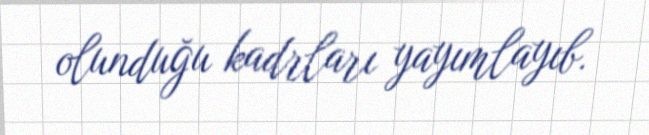
olunduğu kadrları yayımlayıb.